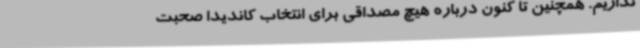
نداریم. همچنین تا کنون درباره هیچ مصداقی برای انتخاب کاندیدا صحبت